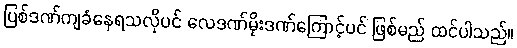
ပြစ်ဒဏ်ကျခံနေရသလိုပင် လေဒဏ်မိုးဒဏ်ကြောင့်ပင် ဖြစ်မည် ထင်ပါသည်။